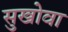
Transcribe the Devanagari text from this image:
सुखोवा